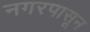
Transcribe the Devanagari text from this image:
नगरपासून